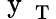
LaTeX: \mathrm{~y~}_{\mathrm{~T~}}